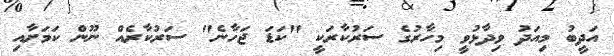
އަދީބު މިއަދު ވިދާޅުވީ މިހާރުގެ ސަރުކާރަކީ "ކަޑަ ޖަހާނެ" ސަރުކާރެއް ނޫން ކަމަށާއި